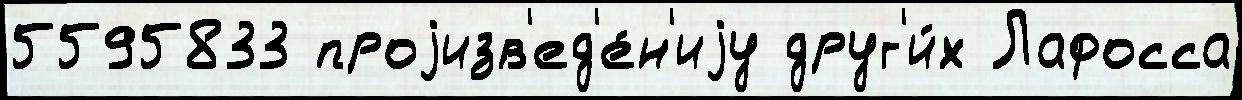
5595833 проjизв'ед'е́н'иjу друг'и́х Лафосса